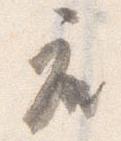
座